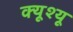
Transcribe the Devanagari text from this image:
क्यूश्यू